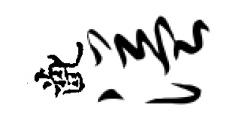
齔溢